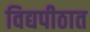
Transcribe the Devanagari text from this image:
विद्यपीठात